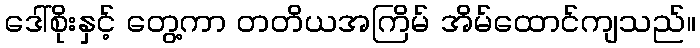
ဒေါ်စိုးနှင့် တွေ့ကာ တတိယအကြိမ် အိမ်ထောင်ကျသည်။